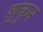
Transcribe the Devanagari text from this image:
शुकून